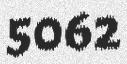
5062